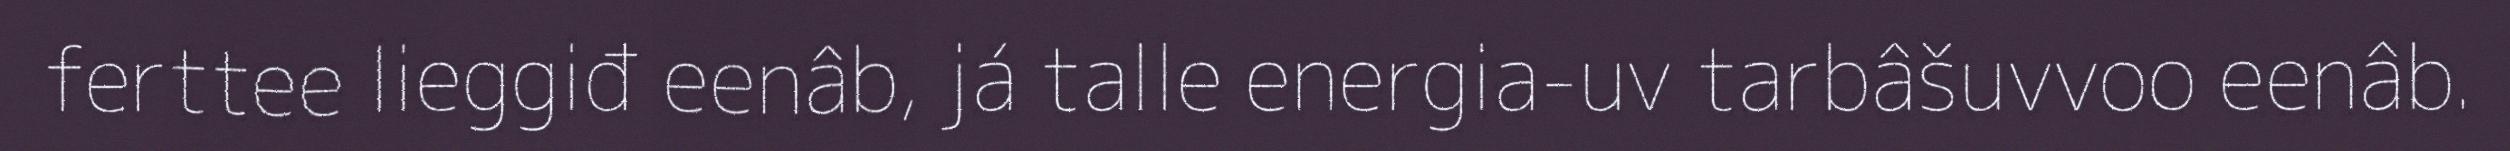
ferttee lieggiđ eenâb, já talle energia-uv tarbâšuvvoo eenâb.